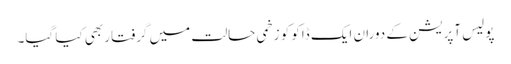
پولیس آپریشن کے دوران ایک ڈاکو کو زخمی حالت میں گرفتار بھی کیا گیا۔